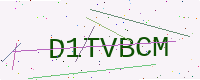
Text: D1TVBCM